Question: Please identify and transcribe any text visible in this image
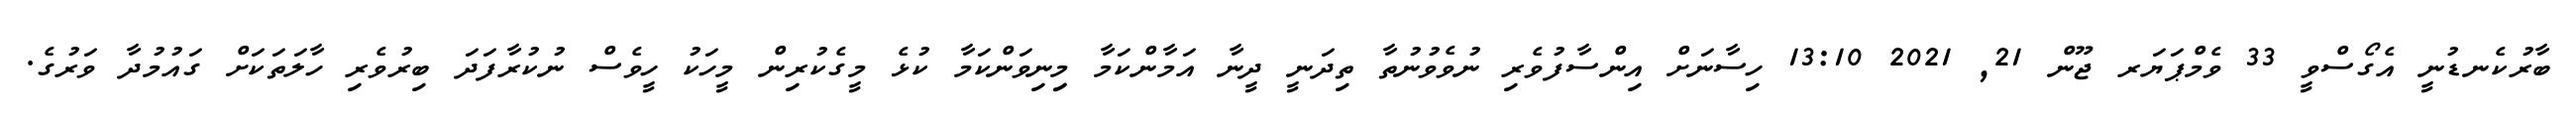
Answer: ބާރުކެނޑުނީ އެގޯސްވީ 33 ވެމްޕަޔަރ ޖޫން 21, 2021 13:10 ހިސާނަށް އިންސާފުވެރި ނުވެވުނުތާ ތިދަނީ ދީނާ އަމާންކަމާ މިިނިވަންކަމާ ކުޅެ މީގެކުރިން މީހަކު ހީވެސް ނުކުރާފަދަ ބިރުވެރި ހާލަތަކަށް ގައުމުދާ ވަރުގެ.